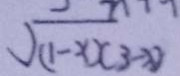
\sqrt { ( 1 - x ) ( 3 - x ) }